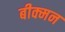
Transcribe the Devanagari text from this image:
बीक्मन